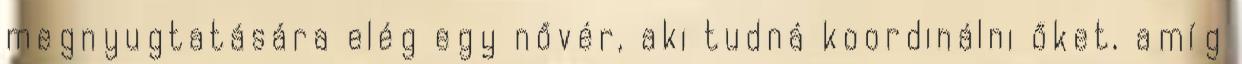
megnyugtatására elég egy nővér, aki tudná koordinálni őket, amíg